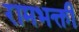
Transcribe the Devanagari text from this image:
रामभक्ती